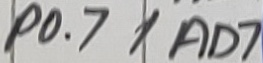
Text: P0.7/AD7